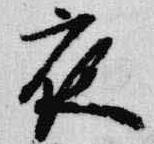
夜